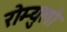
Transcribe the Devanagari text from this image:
रोम्युलो